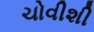
ચોવીશી